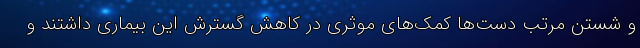
و شستن مرتب دست‌ها کمک‌های موثری در کاهش گسترش این بیماری داشتند و